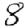
Digit: 8